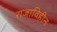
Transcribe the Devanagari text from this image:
राजाविहीन